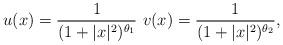
LaTeX: \begin{align*}u(x) = \frac{1}{(1 + |x|^2)^{\theta_1}} \,\, v(x) = \frac{1}{(1 + |x|^2)^{\theta_2}},\end{align*}